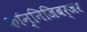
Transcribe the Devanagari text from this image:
कॉन्निजिबर्जर